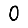
Digit: 0